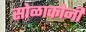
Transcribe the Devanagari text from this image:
सोळाकोनी